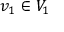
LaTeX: v _ { 1 } \in V _ { 1 }